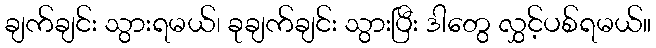
ချက်ချင်း သွားရမယ်၊ ခုချက်ချင်း သွားပြီး ဒါတွေ လွှင့်ပစ်ရမယ်။